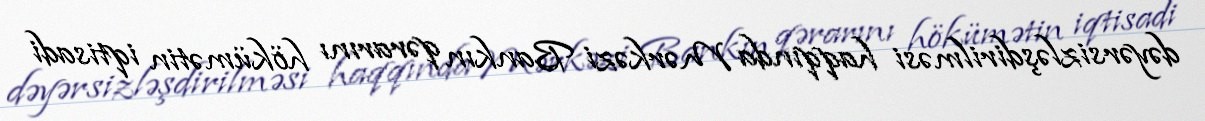
dəyərsizləşdirilməsi haqqında Mərkəzi Bankın qərarını hökümətin iqtisadi